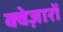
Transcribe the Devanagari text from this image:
क्वेज़ारों